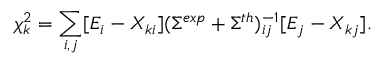
\chi _ { k } ^ { 2 } = \sum _ { i , j } [ E _ { i } - X _ { k i } ] ( \Sigma ^ { e x p } + \Sigma ^ { t h } ) _ { i j } ^ { - 1 } [ E _ { j } - X _ { k j } ] .